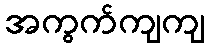
အကွက်ကျကျ